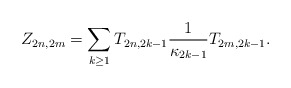
\begin{align*}Z_{2n,2m}=\sum_{k\geq1}T_{2n,2k-1}\frac{1}{\kappa_{2k-1}}T_{2m,2k-1}.\end{align*}